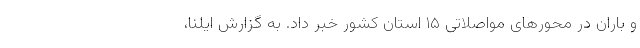
و باران در محورهای مواصلاتی ۱۵ استان کشور خبر داد. به گزارش ایلنا،